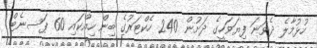
ހުޅުމާލެ ދެވަނަ ފިޔަވަހީގެ ދަށުން 240 ހެކްޓަރުގެ ބިން ހިއްކައި 60 ޕަސނެޓް